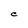
Character: C